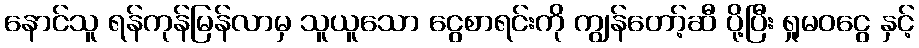
နောင်သူ ရန်ကုန်မြန်လာမှ သူယူသော ငွေစာရင်းကို ကျွန်တော့်ဆီ ပို့ပြီး ရှုမဝငွေ နှင့်